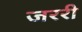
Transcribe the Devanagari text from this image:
जररी